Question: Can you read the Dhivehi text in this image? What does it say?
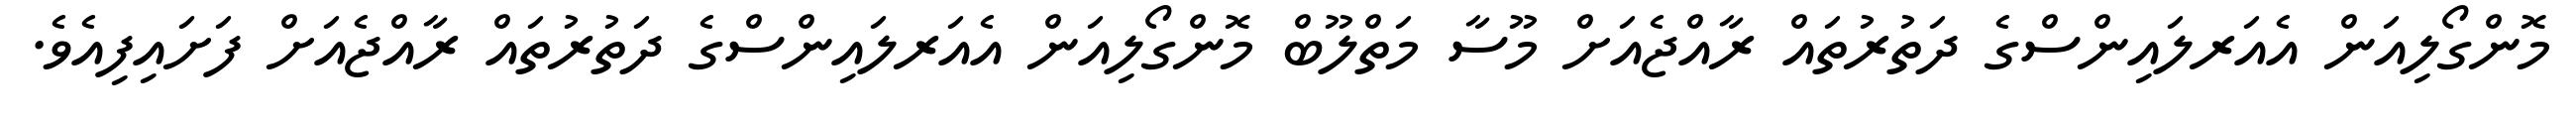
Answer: މޮންގޯލިއަން އެއަރލައިންސްގެ ދަތުރުތައް ރާއްޖެއަށް މޫސާ މަތްލޫބް މޮންގޯލިއަން އެއަރލައިންސްގެ ދަތުރުތައް ރާއްޖެއަށް ފަށައިފިއެވެ.